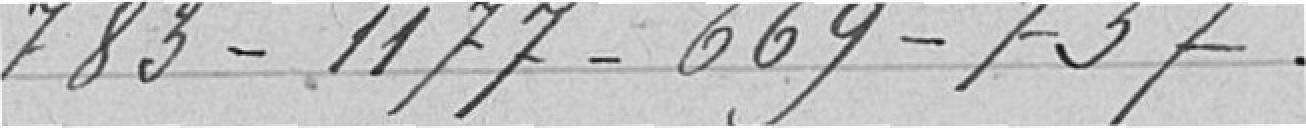
783-1177-669-737